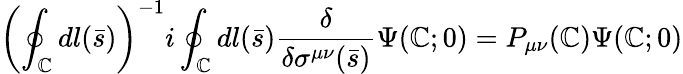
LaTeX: \left(\oint_{\mathbb{C}}dl(\bar{{s}})\right)^{-1}i\oint_{\mathbb{C}}dl(\bar{{s}}){\frac{{\delta}}{{\delta\sigma^{\mu\nu}(\bar{{s}})}}}\Psi(\mathbb{C};0)=P_{\mu\nu}(\mathbb{C})\Psi(\mathbb{C};0)